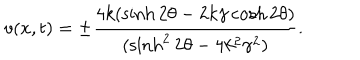
v ( x , t ) = \pm \frac { 4 k ( \sinh 2 \theta - 2 k \gamma \cosh 2 \theta ) } { ( \sinh ^ { 2 } 2 \theta - 4 k ^ { 2 } \gamma ^ { 2 } ) } .